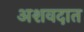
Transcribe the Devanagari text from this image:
अशवदात